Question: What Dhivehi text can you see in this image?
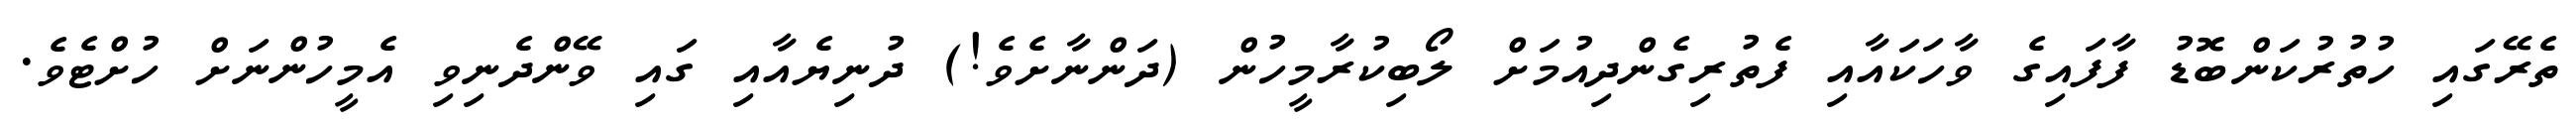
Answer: ތެރޭގައި ހުތުރުކަންބޮޑު ފާފައިގެ ވާހަކައާއި ފެތުރިގެންދިއުމަށް ލޯބިކުރާމީހުން (ދަންނާށެވެ!) ދުނިޔެއާއި ގައި ވޭންދެނިވި އެމީހުންނަށް ހުށްޓެވެ.